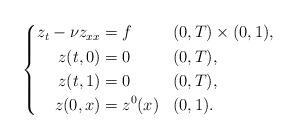
LaTeX: \begin{align*} \left\{ \begin{aligned} z_t - \nu z_{xx} & = f && (0,T) \times (0,1), \\ z(t,0) &= 0 && (0,T), \\ z(t,1) &= 0 && (0,T), \\ z(0,x) &= z^0(x) && (0,1). \end{aligned} \right.\end{align*}